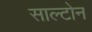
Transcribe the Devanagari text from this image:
साल्टोन